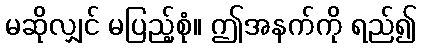
မဆိုလျှင် မပြည့်စုံ။ ဤအနက်ကို ရည်၍